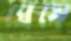
ঘেষে